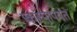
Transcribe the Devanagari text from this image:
प्रकल्पापर्यंत